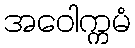
အဝေါက္ကမံ